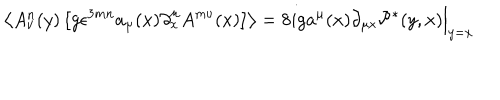
LaTeX: \left\langle A _ { \nu } ^ { n } ( y ) \left[ g \epsilon ^ { 3 m n } a _ { \mu } ( x ) \partial _ { x } ^ { \mu } A ^ { m \nu } ( x ) \right] \right\rangle = 8 i g a ^ { \mu } ( x ) \partial _ { \mu x } \mathcal P ^ { * } ( y , x ) \Bigr | _ { y = x }